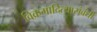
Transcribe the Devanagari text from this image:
विक्रमादित्यासंबंधी